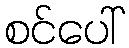
စင်ပေါ်